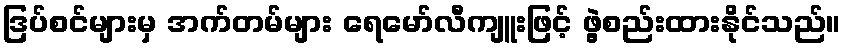
ဒြပ်စင်များမှ အက်တမ်များ ရေမော်လီကျူးဖြင့် ဖွဲ့စည်းထားနိုင်သည်။